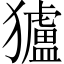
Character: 獹